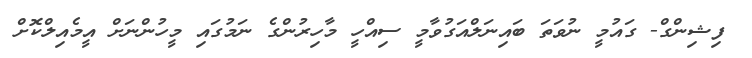
ފިޝިންގް- ގައުމީ ނުވަތަ ބައިނަލްއަގުވާމީ ސިއްހީ މާހިރުންގެ ނަމުގައި މީހުންނަށް އީމެއިލްކޮށް